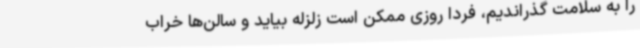
را به سلامت گذراندیم، فردا روزی ممکن است زلزله بیاید و سالن‌ها خراب